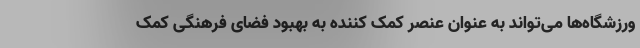
ورزشگاه‌ها می‌تواند به عنوان عنصر کمک کننده به بهبود فضای فرهنگی کمک